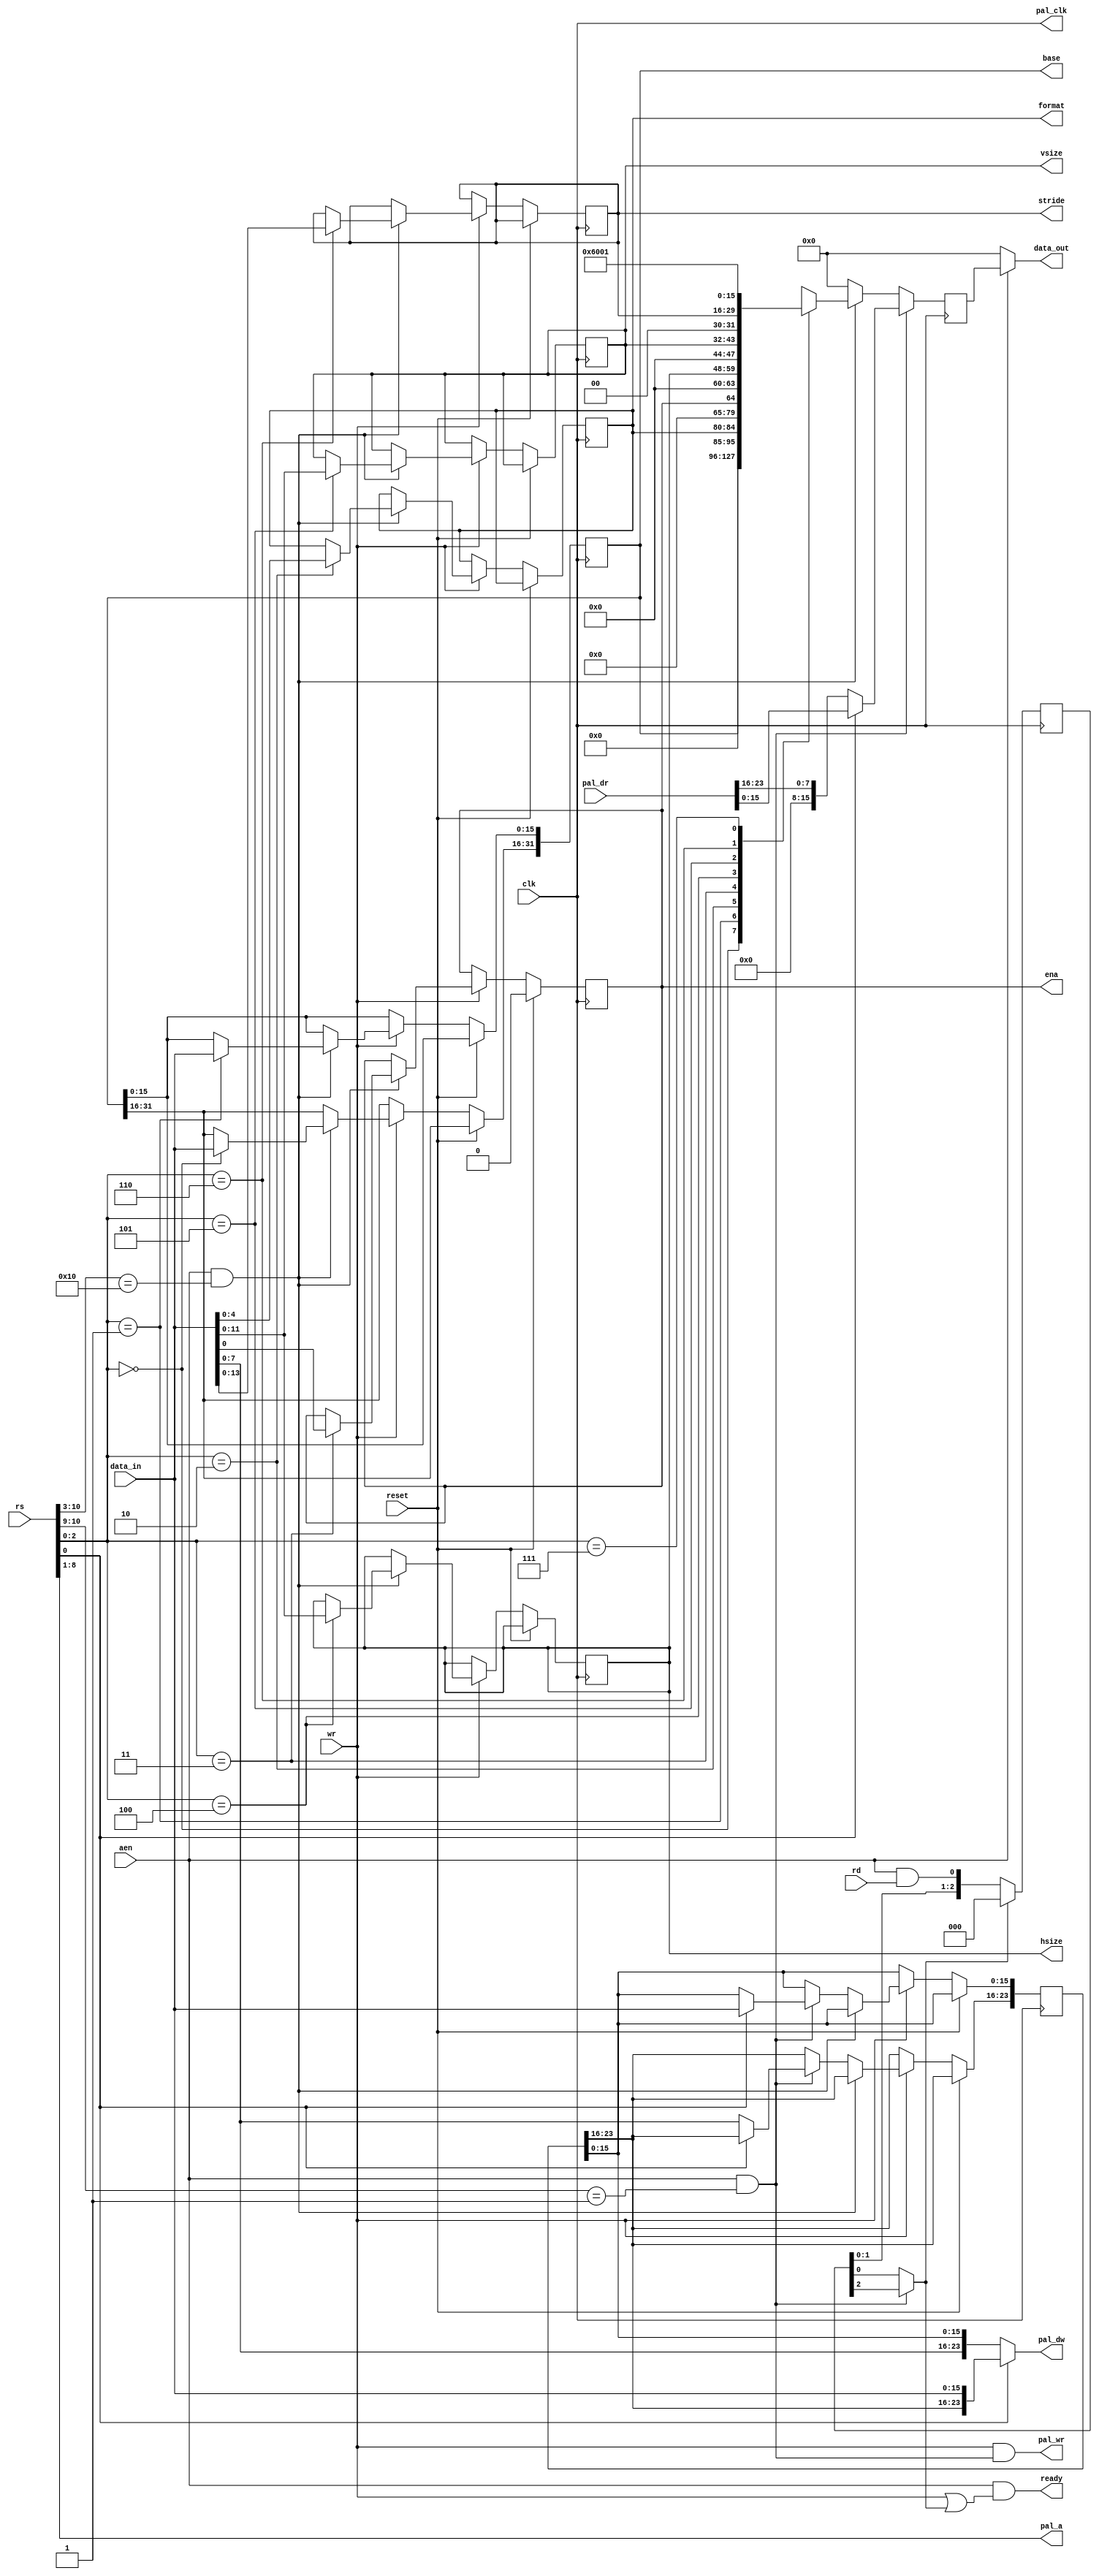
module rtg
(
	input             clk,           // clock
	input             aen,           // adress enable
	input             rd,            // read enable
	input             wr,            // write enable
	input             reset,         // reset
	input      [11:1] rs,            // register select (address)
	output            ready,

	input      [15:0] data_in,       // bus data in
	output     [15:0] data_out,      // bus data out

	output reg        ena,
	output reg [11:0] hsize,
	output reg [11:0] vsize,
	output reg [4:0]  format,
	output reg [31:0] base,
	output reg [13:0] stride,
	output            pal_clk,
	output     [23:0] pal_dw,
	input      [23:0] pal_dr,
	output     [7:0]  pal_a,
	output            pal_wr
);

reg [23:0] rpal;

wire r_en  = aen && (rs[11:4]  == 'h10);
wire r_pal = aen && (rs[11:10] == 1);

// writing of output port
always @(posedge clk) begin
	if (reset) ena<=0;
	else if(wr) begin
		if(r_en) begin
			case(rs[3:1])
				0: base[31:16] <= data_in;
				1: base[15:0]  <= data_in;
				2: format      <= data_in[4:0];
				3: ena         <= data_in[0];
				4: hsize       <= data_in[11:0];
				5: vsize       <= data_in[11:0];
				6: stride      <= data_in[13:0];
			endcase
		end
		else if(r_pal) begin
			if (!rs[1]) rpal[23:16] <= data_in[7:0];
			       else rpal[15:0]  <= data_in;
		end
	end
end

reg [15:0] dout;
always @(posedge clk) begin
	dout <= 16'h0000;
	if(r_en) begin
		case(rs[3:1])
			0: dout <= base[31:16];
			1: dout <= base[15:0];
			2: dout <= format;
			3: dout <= ena;
			4: dout <= hsize;
			5: dout <= vsize;
			6: dout <= stride;
			7: dout <= 16'h6001;
		endcase
	end
	if (r_pal) dout <= rs[1] ? pal_dr[15:0] : pal_dr[23:16];
end

reg [2:0] rd_r;
always @(posedge clk) rd_r <= rd_ready ? 3'd0 : {rd_r[1:0],aen & rd};
wire rd_ready = r_pal ? rd_r[2] : rd_r[0];

assign pal_clk  = clk;
assign pal_a    = rs[9:2];
assign pal_wr   = wr & r_pal;
assign pal_dw   = rs[1] ? {rpal[23:16],data_in} : {data_in[7:0],rpal[15:0]};

assign data_out = aen ? dout : 16'h0000;
assign ready    = aen & (wr | rd_ready);

endmodule